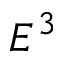
E ^ { 3 }